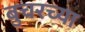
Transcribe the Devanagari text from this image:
बुचरच्या